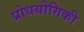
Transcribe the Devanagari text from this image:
प्रोधयोगिकी